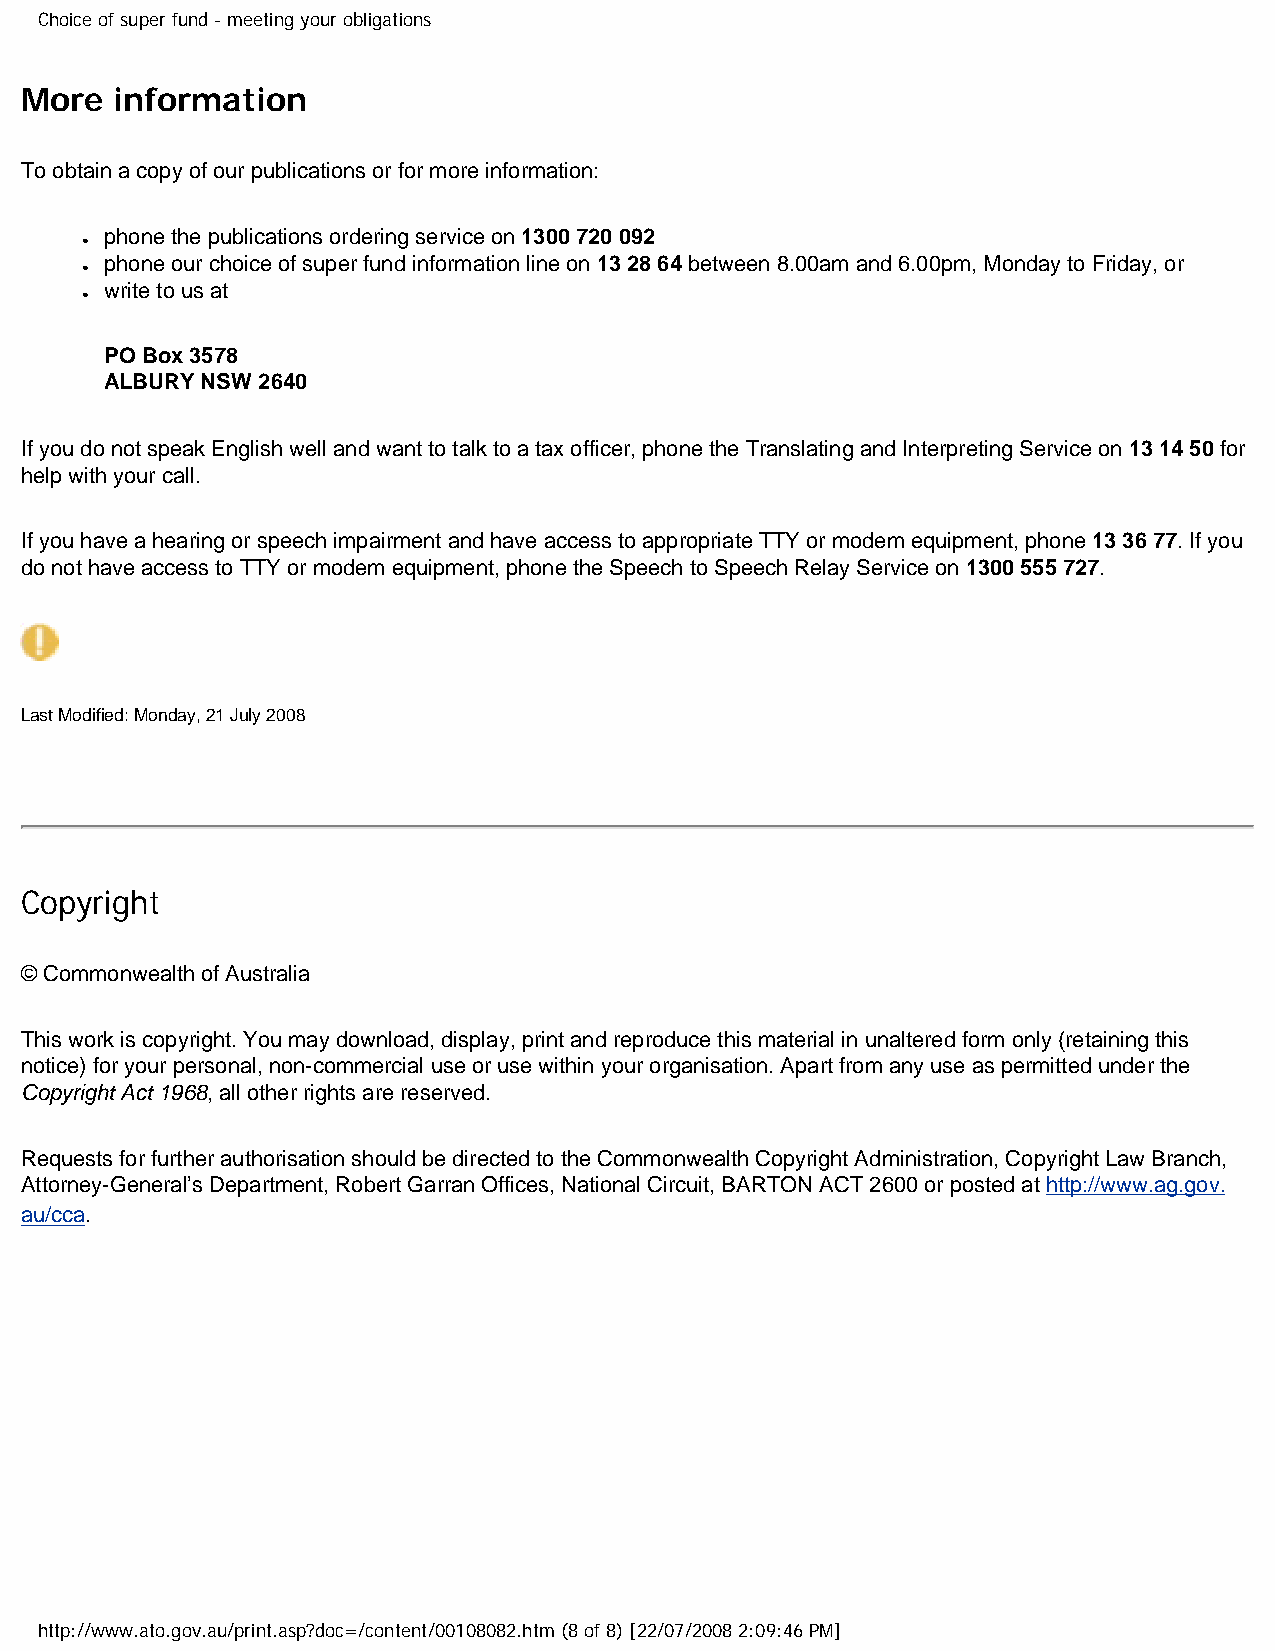
Choice of super fund - meeting your obligations
 More   information
 To obtain a copy of our publications or for more information:
 phone the publications ordering service on 1300 720 092
 ●
 phone our choice of super fund information line on 13 28 64 between 8.00am and 6.00pm, Monday to Friday, or
 ●
 write to us at
 ●
 PO Box 3578
 ALBURY NSW 2640
 If you do not speak English well and want to talk to a tax officer, phone the Translating and Interpreting Service on 13 14 50 for
 help with your call.
 If you have a hearing or speech impairment and have access to appropriate TTY or modem equipment, phone 13 36 77. If you
 do not have access to TTY or modem equipment, phone the Speech to Speech Relay Service on 1300 555 727.
 Last Modified: Monday, 21 July 2008
 Copyright
 © Commonwealth of Australia
 This work is copyright. You may download, display, print and reproduce this material in unaltered form only (retaining this
 notice) for your personal, non-commercial use or use within your organisation. Apart from any use as permitted under the
 Copyright Act 1968, all other rights are reserved.
 Requests for further authorisation should be directed to the Commonwealth Copyright Administration, Copyright Law Branch,
 Attorney-General’s Department, Robert Garran Offices, National Circuit, BARTON ACT 2600 or posted at http://www.ag.gov.
 au/cca.
 http://www.ato.gov.au/print.asp?doc=/content/00108082.htm (8 of 8) [22/07/2008 2:09:46 PM]